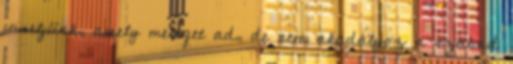
viseljünk, amely meleget ad, de nem akadályoz a szabad